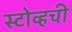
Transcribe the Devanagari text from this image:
स्टोव्हची